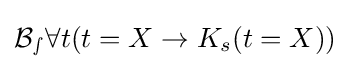
{\mathcal {B_{s}}}\forall t(t=X\rightarrow K_{s}(t=X))